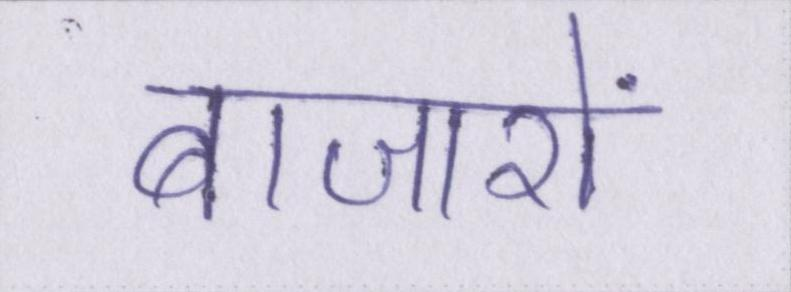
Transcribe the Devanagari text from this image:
बाजारों